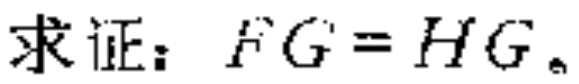
求证：\(FG = HG\)。